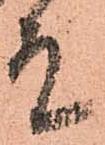
殿